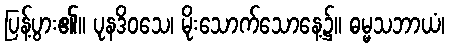
ပြန့်ပွား၏။ ပုနဒိဝသေ၊ မိုးသောက်သောနေ့၌။ ဓမ္မသဘာယံ၊